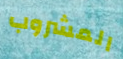
المشروب